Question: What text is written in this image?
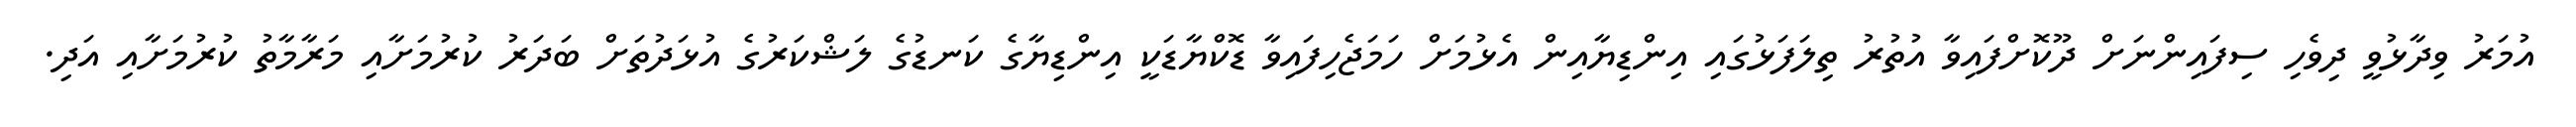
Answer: އުމަރު ވިދާޅުވީ ދިވެހި ސިފައިންނަށް ދޫކޮށްފައިވާ އުތުރު ތިލަފަޅުގައި އިންޑިޔާއިން އެޅުމަށް ހަމަޖެހިފައިވާ ޑޮކްޔާޑަކީ އިންޑިޔާގެ ކަނޑުގެ ލަޝްކަރުގެ އުޅަދުތަށް ބަދަރު ކުރުމަށާއި މަރާމާތު ކުރުމަށާއި އަދި.